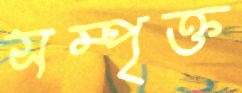
সম্পৃক্ত